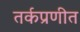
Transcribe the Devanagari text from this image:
तर्कप्रणीत